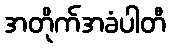
အတိုက်အခံပါတီ